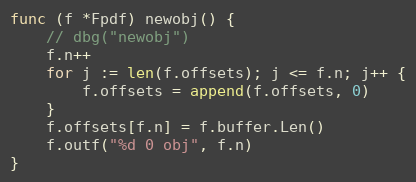
Language: Go
func (f *Fpdf) newobj() {
	// dbg("newobj")
	f.n++
	for j := len(f.offsets); j <= f.n; j++ {
		f.offsets = append(f.offsets, 0)
	}
	f.offsets[f.n] = f.buffer.Len()
	f.outf("%d 0 obj", f.n)
}